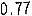
0.77